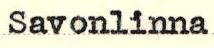
Savonlinna